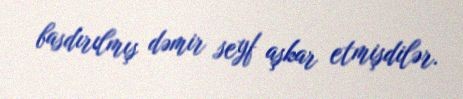
basdırılmış dəmir seyf aşkar etmişdilər.